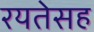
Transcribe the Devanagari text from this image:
रयतेसह